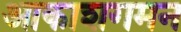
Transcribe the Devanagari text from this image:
आकाशगमन